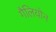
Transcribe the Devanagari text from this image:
गैलियोन